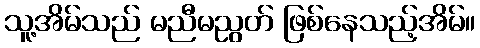
သူ့အိမ်သည် မညီမညွတ် ဖြစ်နေသည့်အိမ်။